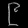
Digit: ၉